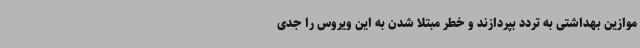
موازین بهداشتی به تردد بپردازند و خطر مبتلا شدن به این ویروس را جدی